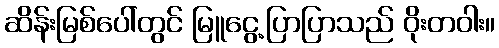
ဆိန်းမြစ်ပေါ်တွင် မြူငွေ့ပြာပြာသည် ဝိုးတဝါး။